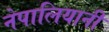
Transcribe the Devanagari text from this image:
नेपालियानी